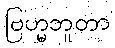
ဗြဟ္မဘူတာ